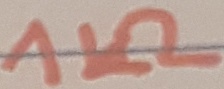
Text: 1KΩ